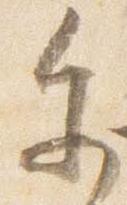
参